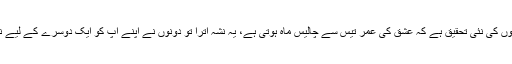
لیکن جیسا کہ سائنسدانوں کی نئی تحقیق ہے کہ عشق کی عمر تیس سے چالیس ماہ ہوتی ہے، یہ نشہ اترا تو دونوں نے اپنے آپ کو ایک دوسرے کے لیے نا مناسب یا ان فٹ پایا۔